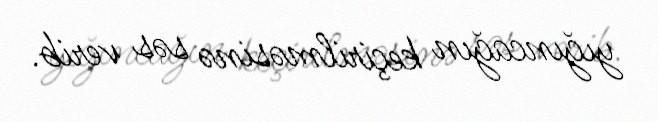
yığıncağın keçirilməsinə səs verib.